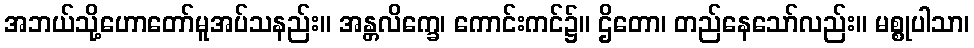
အဘယ်သို့ဟောတော်မူအပ်သနည်း။ အန္တလိက္ခေ၊ ကောင်းကင်၌။ ဌိတော၊ တည်နေသော်လည်း။ မစ္စုပါသာ၊